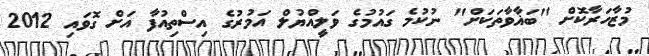
މުޒާހަރާކޮށް "ބަޣާވާތަކަށް" ނުކުމެ ގައުމުގެ ވަލީއްޔުލް އަމުރުގެ އިސްތިއުފާ އަށް ގޮވައި 2012